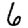
Digit: 6